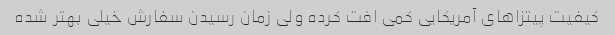
کیفیت پیتزاهای آمریکایی کمی افت کرده ولی زمان رسیدن سفارش خیلی بهتر شده